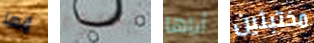
إنها يسوء أباها مختبئين